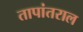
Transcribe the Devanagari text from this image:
तापांतराल